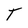
Character: T